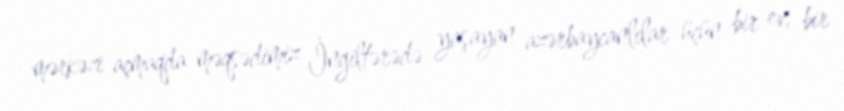
mərkəzi açmaqda məqsədimiz İngiltərədə yaşayan azərbaycanlılar üçün bir ev, bir